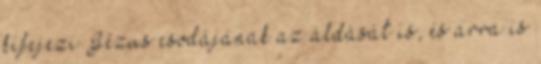
kifejezi Jézus csodájának az áldását is, és arra is